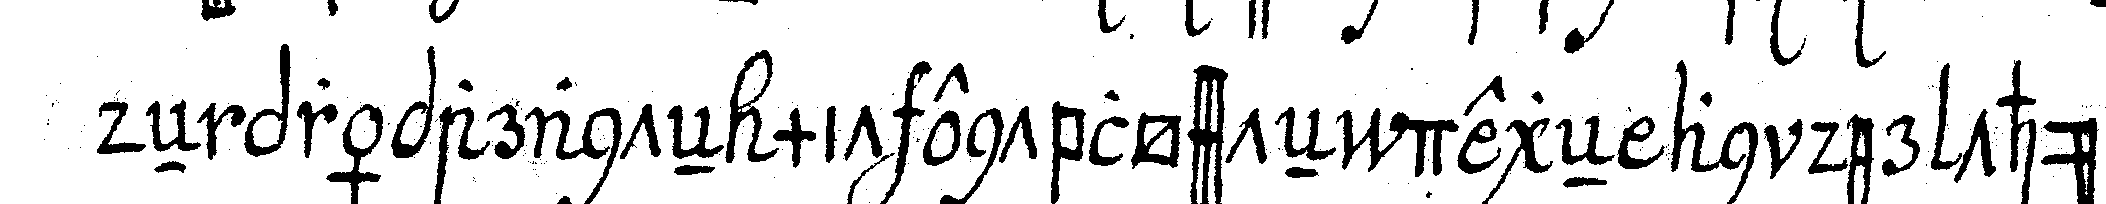
deN präparanteN mit entblössteN degeN an der thür